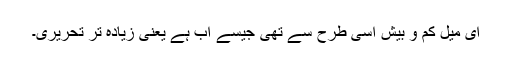
ای میل کم و بیش اسی طرح سے تھی جیسے اب ہے یعنی زیادہ تر تحریری۔